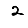
Digit: 2